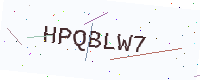
Text: HPQBLW7